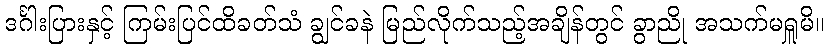
ဒင်္ဂါးပြားနှင့် ကြမ်းပြင်ထိခတ်သံ ချွင်ခနဲ မြည်လိုက်သည့်အချိန်တွင် ခွာညို အသက်မရှူမိ။